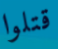
قتلوا